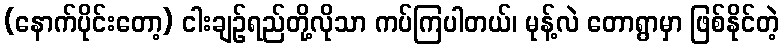
(နောက်ပိုင်းတော့) ငါးချဉ်ရည်တို့လိုသာ ကပ်ကြပါတယ်၊ မုန့်လဲ တောရွာမှာ ဖြစ်နိုင်တဲ့